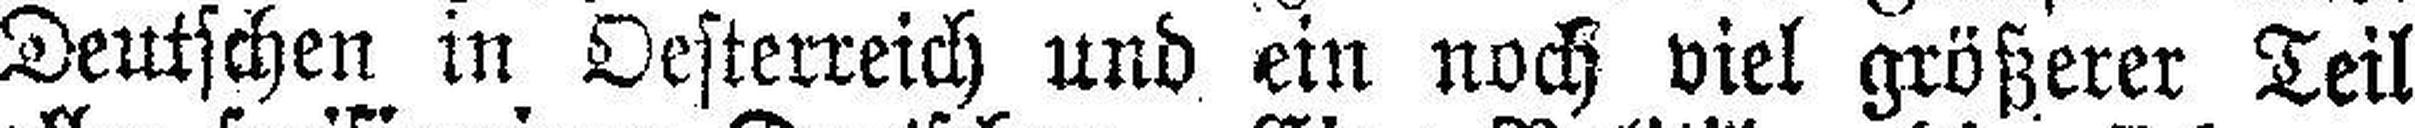
Deutschen in Oesterreich und ein noch viel größerer Teil